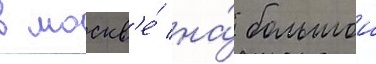
в москв'е́ на́ большои